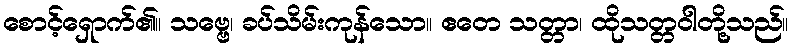
စောင့်ရှောက်၏။ သဗ္ဗေ၊ ခပ်သိမ်းကုန်သော။ ဧတေ သတ္တာ၊ ထိုသတ္တဝါတို့သည်။